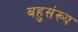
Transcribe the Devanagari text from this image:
बहुसंख्‍य